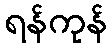
ရန်ကုန်